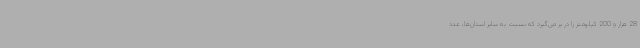
28 هزار و 200 کیلومتر را در بر می‌گیرد که نسبت به سایر استان‌ها، عدد